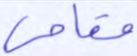
مقامي